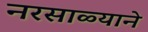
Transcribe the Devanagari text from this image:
नरसाळ्याने